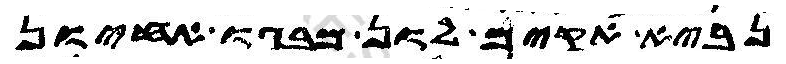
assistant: נביא אקים לון מבגו אחיון